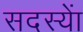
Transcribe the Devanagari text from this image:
सदस्याें